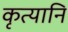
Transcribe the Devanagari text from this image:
कृत्यानि